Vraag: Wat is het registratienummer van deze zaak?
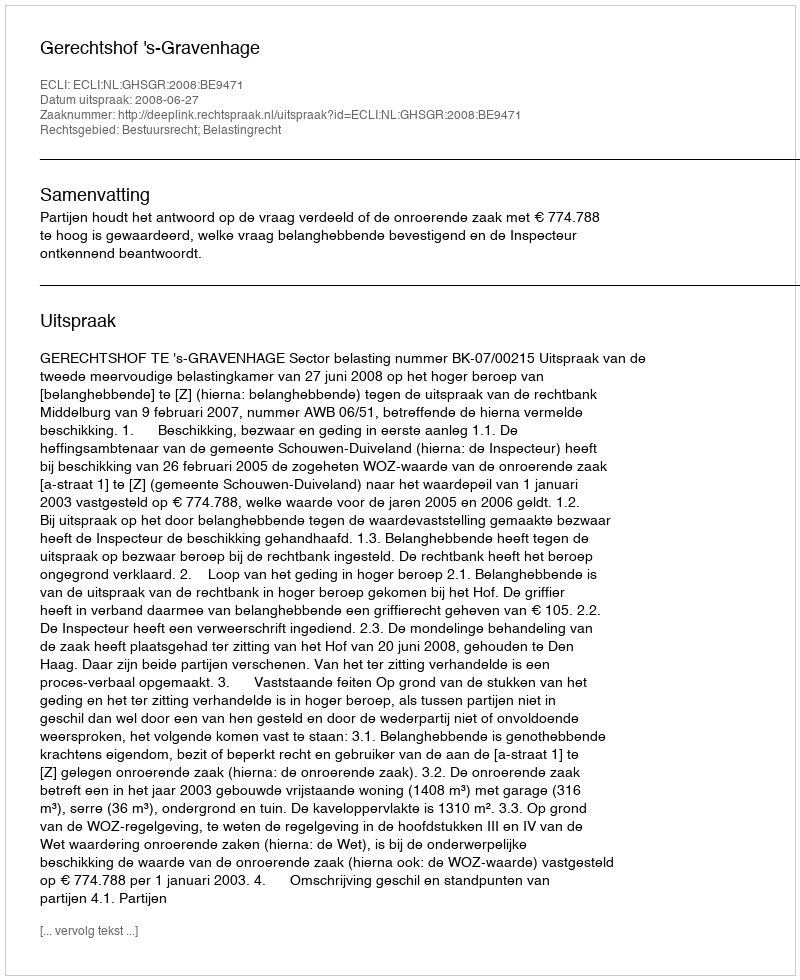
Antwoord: http://deeplink.rechtspraak.nl/uitspraak?id=ECLI:NL:GHSGR:2008:BE9471